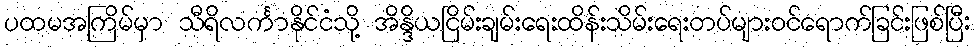
ပထမအကြိမ်မှာ သီရိလင်္ကာနိုင်ငံသို့ အိန္ဒိယငြိမ်းချမ်းရေးထိန်းသိမ်းရေးတပ်များဝင်ရောက်ခြင်းဖြစ်ပြီး